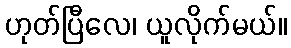
ဟုတ်ပြီလေ၊ ယူလိုက်မယ်။